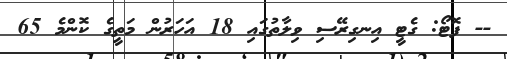
-- ފޮޓޯ: ގެޓީ އިނގިރޭސި ވިލާތުގައި 18 އަހަރުންް މަތީގެ ކޮންމެ 65